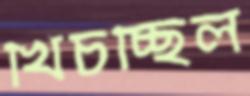
খিচচ্ছিল